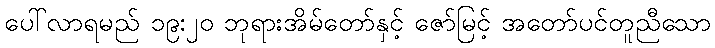
ပေါ်လာရမည် ၁၉:၂၀ ဘုရားအိမ်တော်နှင့် ဇော်မြင့် အတော်ပင်တူညီသော